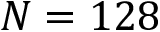
N = 1 2 8